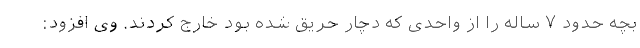
بچه حدود ٧ ساله را از واحدی که دچار حریق شده بود خارج کردند. وی افزود: